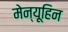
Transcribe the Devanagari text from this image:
मेन्यूहिन